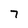
Character: 7